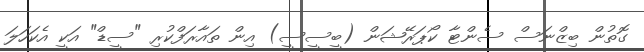
ގޮތުން ބިޒްނަސް ސެންޓާ ކޯޕަރޭޝަން (ބީސީސީ) އިން ތައާރަފްކުރި "ސީޑް" އަކީ އެކަހަލަ